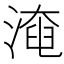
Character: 𣼜